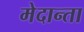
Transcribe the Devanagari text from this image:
मेदान्ता